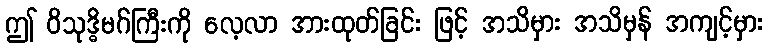
ဤ ဝိသုဒ္ဓိမဂ်ကြီးကို လေ့လာ အားထုတ်ခြင်း ဖြင့် အသိမှား အသိမှန် အကျင့်မှား